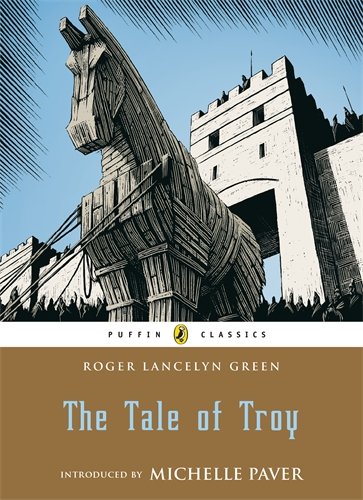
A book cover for The Tale of Troy (Puffin Classics); Roger Lancelyn Green; Teen & Young Adult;